Annual administration and progress report of the Indian Medical Department, Bombay
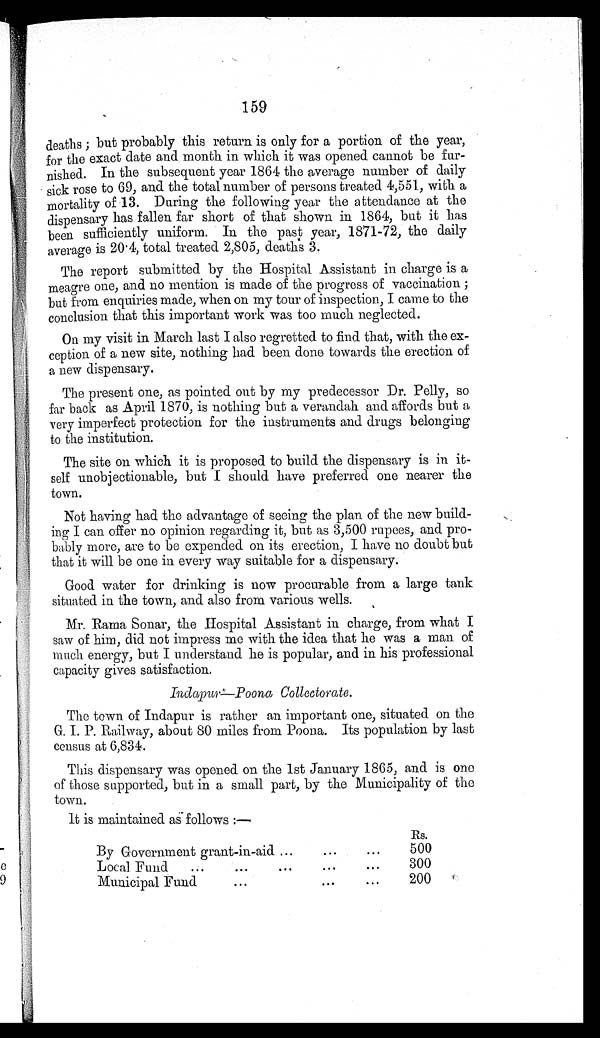
159
deaths ; but probably this return is only for a portion of the year,
for the exact date and month in which it was opened cannot be fur-
nished. In the subsequent year 1864 the average number of daily
sick rose to 69, and the total number of persons treated 4,551, with a
mortality of 13. During the following year the attendance at the
dispensary has fallen far short of that shown in 1864, but it has
been sufficiently uniform. In the past year, 1871-72, the daily
average is 20 . 4, total treated 2,805, deaths 3.
The report submitted by the Hospital Assistant in charge is a
meagre one, and no mention is made of the progress of vaccination ;
but from enquiries made, when on my tour of inspection, I came to the
conclusion that this important work was too much neglected.
On my visit in March last I also regretted to find that, with the ex-
ception of a new site, nothing had been done towards the erection of
a new dispensary.
The present one, as pointed out by my predecessor Dr. Pelly, so
far back as April 1870, is nothing but a verandah and affords but a
very imperfect protection for the instruments and drugs belonging
to the institution.
The site on which it is proposed to build the dispensary is in it-
self unobjectionable, but I should have preferred one nearer the
town.
Not having had the advantage of seeing the plan of the new build-
ing I can offer no opinion regarding it, but as 3,500 rupees, and pro-
bably more, are to be expended on its erection, I have no doubt but
that it will be one in every way suitable for a dispensary.
Good water for drinking is now procurable from a large tank
situated in the town, and also from various wells.
Mr. Rama Sonar, the Hospital Assistant in charge, from what I
saw of him, did not impress me with the idea that he was a man of
much energy, but I understand he is popular, and in his professional
capacity gives satisfaction.
Indapur-Poona Collectorate.
The town of Indapur is rather an important one, situated on the
G . I . P . R a i l w a y , a b o u t 8 0 m i l e s f r o m P o o n a . I t s p o p u l a t i o n b y l a s t
census at 6,834.
This dispensary was opened on the 1st January 1865, and is one
of those supported, but in a small part, by the Municipality of the
town.
It is maintained as follows:-
By Government grant-in-aid
Rs.
500
Local Fund
300
Municipal Fund
200